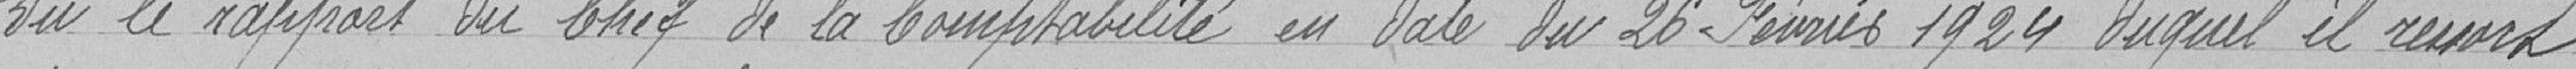
Vu le rapport du Chef de la Comptabilité en date du 26 Février 1924 duquel il ressort